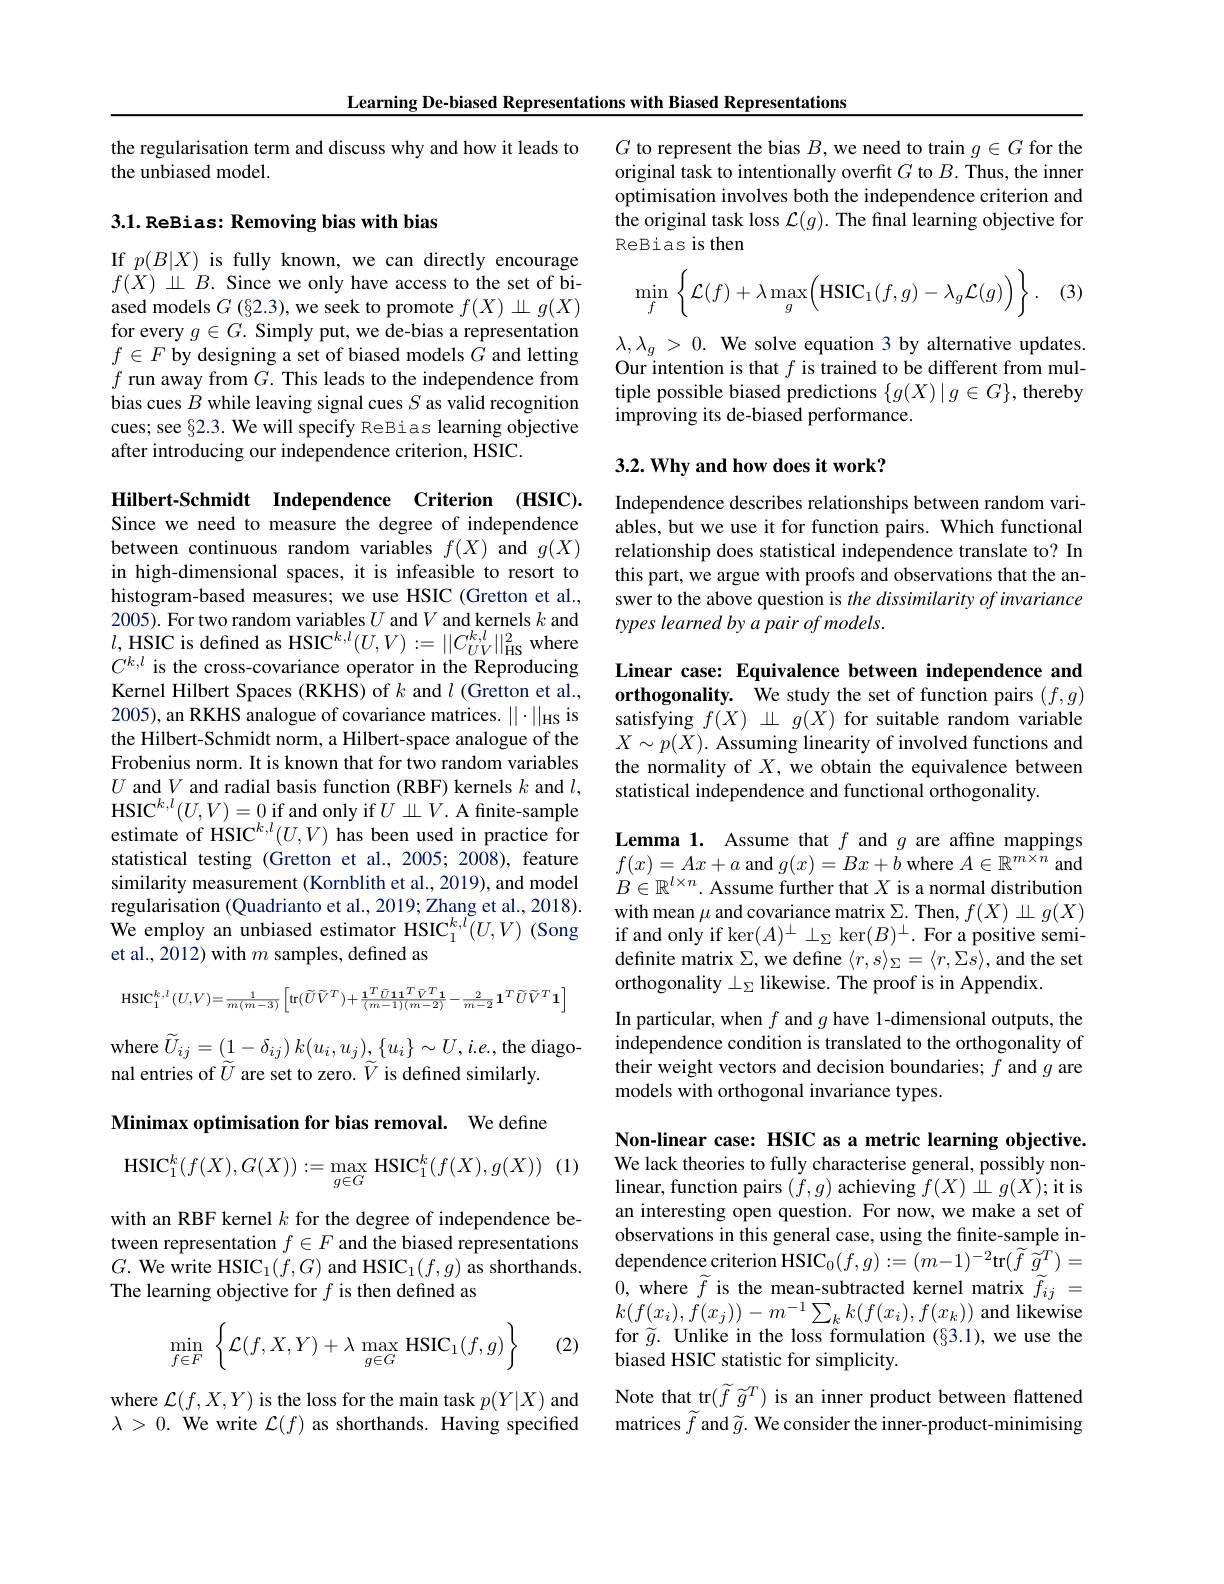
Learning De-biased Representations with Biased Representations

the regularisation term and discuss why and how it leads to
the unbiased model.

3.1. ReBias: Removing bias with bias

If $p(B|X)$ is fully known, we can directly encourage $f(X)\underline{\perp B.\:\text{Since we only have access to the set of bi-}}$ ased models $G$ (§2.3), we seek to promote $f(X)\perp g(X)$ for every $g\in G.$ Simply put, we de-bias a representation $f\in F$ by designing a set of biased models $G$ and letting $f$ run away from $G.$ This leads to the independence from bias cues $B$ while leaving signal cues $S$ as valid recognition cues; see §2.3. We will specify ReBias learning objective after introducing our independence criterion, HSIC.

Hilbert-Schmidt Independence Criterion (HSIC). Since we need to measure the degree of independence between continuous random variables $f(X)$ and $g(X)$ in high-dimensional spaces, it is infeasible to resort to histogram-based measures; we use HSIC (Gretton et al., 2005). For two random variables $U$ and $V$ and kernels $k$ and $l$,HSIC is defined as HSIC$^k,l(U,V):=\|C_{UV}^{k,l}\|_{\mathrm{HS}}^2$ where $C^{k,l}$ is the cross-covariance operator in the Reproducing Kernel Hilbert Spaces (RKHS) of $k$ and $l$ (Gretton et al., 2005), an RKHS analogue of covariance matrices. $||\cdot||_{\mathrm{HS}}$ is the Hilbert-Schmidt norm, a Hilbert-space analogue of the Frobenius norm. It is known that for two random variables $U$ and $V$ and radial basis function (RBF) kernels $k$ and $l$, HSIC$^k,l(U,V)=0$ if and only if $U\perp V.$ A finite-sample estimate of HSIC$^k,l(U,V)$ has been used in practice for statistical testing (Gretton et al.,2005; 2008), feature similarity measurement (Kornblith et al., 2019), and model regularisation (Quadrianto et al., 2019; Zhang et al., 2018). We employ an unbiased estimator HSIC$_1^{k,l}(U,V)$ (Song et al., 2012) with $m$ samples, defined as
$$\mathrm{HSIC}_{1}^{k,l}(U,V)=\frac{1}{m(m-3)}\left[\mathrm{tr}(\widetilde{U}\widetilde{V}^{T})+\frac{\mathbf{1}^{T}\bar{U}\mathbf{1}\mathbf{1}^{T}\bar{V}^{T}\mathbf{1}}{(m-1)(m-2)}-\frac{2}{m-2}\mathbf{1}^{T}\widetilde{U}\widetilde{V}^{T}\mathbf{1}\right]$$
where $\widetilde{U} _{ij}= ( 1- \delta _{ij})$ $k( u_{i}, u_{j}) $, $\{ u_{i}\} \sim U, i. e. $,the diago-
nal entries of $\widetilde{U}$ are set to zero. $\widetilde{V}$ is defined similarly.

Minimax optimisation for bias removal. We define
(1)
$$\mathrm{HSIC}_{1}^{k}(f(X),G(X)):=\max_{g\in G}\mathrm{HSIC}_{1}^{k}(f(X),g(X))$$
with an RBF kernel $k$ for the degree of independence between representation $f\in F$ and the biased representations $G.$ We write HSIC$_1(f,G)$ and HSIC$_1(f,g)$ as shorthands. The learning objective for $f$ is then defined as
$$\min\limits_{f\in F}\:\left\{\mathcal{L}(f,X,Y)+\lambda\max\limits_{g\in G}\text{HSIC}_1(f,g)\right\}$$
(2)

where $\mathcal{L}(f,X,Y)$ is the loss for the main task $p(Y|X)$ and $\lambda>0.$ We write $\mathcal{L}(f)$ as shorthands. Having specified

$G$ to represent the bias $B$,we need to train $g\in G$ for the original task to intentionally overfit $G$ to $B.$ Thus, the inner optimisation involves both the independence criterion and the original task loss $\mathcal{L}(g).$ The final learning objective for ReBias is then

(3)
$$\min_{f}\:\left\{\mathcal{L}(f)+\lambda\max_{g}\Bigl(\mathrm{HSIC}_{1}(f,g)-\lambda_{g}\mathcal{L}(g)\Bigr)\right\}.$$
$\lambda , \lambda _g$ > 0. We solve equation 3 by alternative updates. Our intention is that $f$ is trained to be different from multiple possible biased predictions $\{g(X)\mid g\in G\}$, thereby improving its de-biased performance.

## $3. 2. \textbf{Why and how does it work? }$

Independence describes relationships between random variables, but we use it for function pairs. Which functional relationship does statistical independence translate to? In this part, we argue with proofs and observations that the answer to the above question is the dissimilarity of invariance types learned by a pair of models.

Linear case: Equivalence between independence and orthogonality. We study the set of function pairs $(f,g)$ satisfying $f(X)\perp g(X)$ for suitable random variable $X\sim p(X).$ Assuming linearity of involved functions and the normality of $X$, we obtain the equivalence between statistical independence and functional orthogonality.

Lemma 1. Assume that $f$ and $g$ are affine mappings $f(x)=Ax+a$ and $g(x)=Bx+\bar{b}$ where $A\in\mathbb{R}^m\times\hat{n}$ and $B\in\mathbb{R}^{l\times n}.$ Assume further that $X$ is a normal distribution with mean $\mu$ and covariance matrix $\Sigma.$ Then, $f(X)\perp g(X)$ if and only if ker$(A)^\perp\perp_\Sigma\ker(B)^\perp.$ For a positive semidefinite matrix $\Sigma$,we define $\langle r,s\rangle_\Sigma=\langle r,\Sigma s\rangle$,and the set orthogonality $\bot_\Sigma$ likewise. The proof is in Appendix.
In particular, when $f$ and $g$ have 1-dimensional outputs, the independence condition is translated to the orthogonality of their weight vectors and decision boundaries; $f$ and $g$ are models with orthogonal invariance types.

Non-linear case: HSIC as a metric learning objective. We lack theories to fully characterise general, possibly non- $\operatorname*{linear,\text{function pairs}}_{\begin{array}{c}f,g)\\\end{array}}$achieving $f(X)\stackrel{\wedge}{\perp}g(X);$it is an interesting open question. For now, we make a set of observations in this general case, using the finite-sample independence criterion HSIC$_0(f,g):=(m-1)^{-2}$tr$( \widetilde{f}$ $\tilde{g} ^T) =$ 0, where $\widetilde f$ is the mean-subtracted kernel matrix $\widetilde f_{ij}=$ $k(f(x_{i}),\dot{f}(x_{j}))-m^{-1}\sum_{k}k(f(x_{i}),f(x_{k}))$ and likewise for $\widetilde{g}.$ Unlike in the loss formulation (§3.1),we use the biased HSIC statistic for simplicity.
Note that tr$(\widetilde{f}\widetilde{g}^T)$ is an inner product between flattened matrices $\widetilde{f}$ and $\widetilde{g}.$ We consider the inner-product-minimising